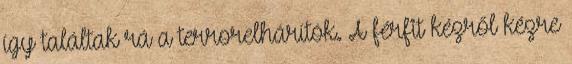
így találtak rá a terrorelhárítók. A férfit kézről kézre